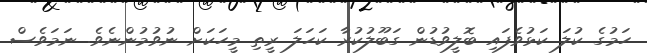
ހަމުގެ ކުލަ ކަޅުވެފައި ބޮލީވުޑުން ގަބޫލުކުރާ ކަހަލަ ރީތި މީހަކަށް ނުވުމުންނެވެ. ނަމަވެސް